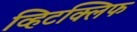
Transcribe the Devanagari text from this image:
व्हिटक्लिफ